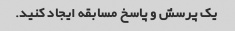
یک پرسش و پاسخ مسابقه ایجاد کنید.